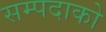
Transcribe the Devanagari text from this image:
सम्पदाको